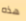
هذه